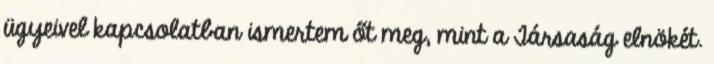
ügyeivel kapcsolatban ismertem őt meg, mint a Társaság elnökét.